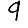
Digit: 9